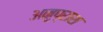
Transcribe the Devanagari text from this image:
अनुप्राश